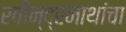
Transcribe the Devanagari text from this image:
रवीन्द्रनाथांचा